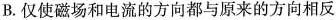
B.仅使磁场和电流的方向都与原来的方向相反C.电流不变，仅使磁场的磁感应强度大小变为原来的一半D.磁场的磁感应强度不变，仅使电流变为原来的一半